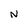
Character: N